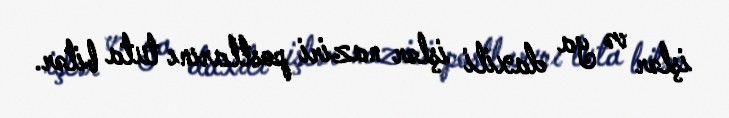
işlər və ya daxili işlər naziri postlarını tuta bilər.